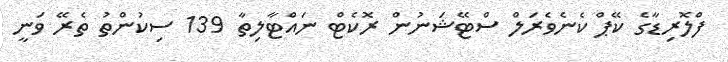
ފްލޮރިޑާގެ ކޭޕް ކެނެވެރަލް ސްޓޭޝަނުން ރޮކެޓް ނައްޓާލިތާ 139 ސިކުންތު ތެރޭ ވަނީ